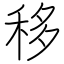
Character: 移